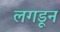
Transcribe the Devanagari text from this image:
लगडून